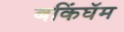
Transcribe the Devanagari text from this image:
बकिंघॅम